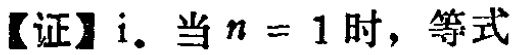
【证】i. 当 \(n = 1\) 时，等式